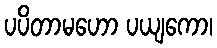
ပပိတာမဟော ပယျကော၊